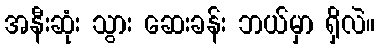
အနီးဆုံး သွား ဆေးခန်း ဘယ်မှာ ရှိလဲ။